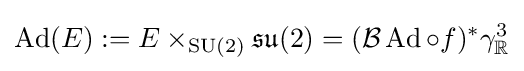
\operatorname {Ad} (E):=E\times _{\operatorname {SU} (2)}{\mathfrak {su}}(2)=({\mathcal {B}}\operatorname {Ad} \circ f)^{*}\gamma _{\mathbb {R} }^{3}